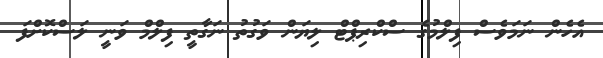
އެހެން ނަމަވެސް ފިލްމުގެ ސްކްރިޕްޓް ލިޔަން ވަގުތު ނަގާތީ ފިލްމް ވަނީ ލަސްކޮށްފަ